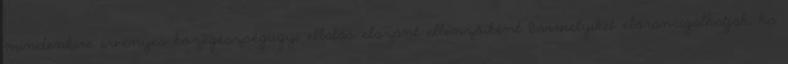
mindenkire érvényes közegészségügyi ellátás elszánt ellenzőiként bármelyiket előráncigálhatják, ha